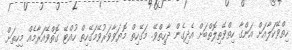
ހިތްވޭކަލާއަށް އަންގާ ހިތްވޭތިލޮތްބަށް އެދިގެން ދާހިތްވޭ. މަގޭހިތް މޮޔަވާވަރުވޭމަގޭހިތް ހުއްޓޭ ގޮތްވޭއަރާމެއް މިހިތަށް